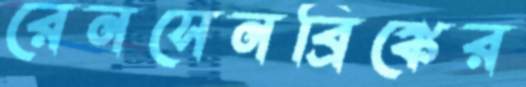
রেনসেনব্রিঙ্কের